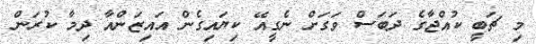
މި ޗަބީ ކުއްޖާގެ ދަބަސް ވަގަށް ނެގީއޭ ކިޔައިގެން އައިޒަންއާ ދިމާ ކުރަން